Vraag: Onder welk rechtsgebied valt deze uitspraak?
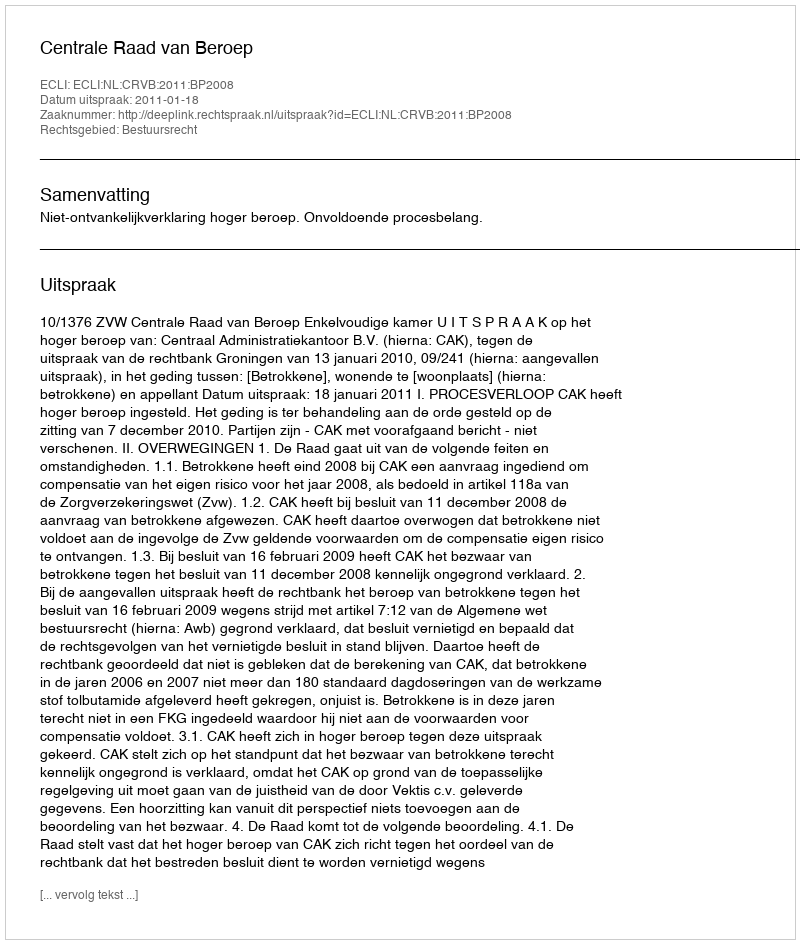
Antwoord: Bestuursrecht